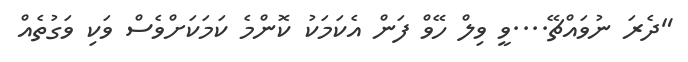
"ދެރަ ނުވައްޗޭ....ވީ ވިލް ހޭވް ފަން އެކަމަކު ކޮންމެ ކަމަކަށްވެސް ވަކި ވަގުތެއް